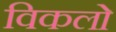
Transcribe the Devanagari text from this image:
विकलो